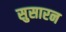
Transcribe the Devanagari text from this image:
सुसारन